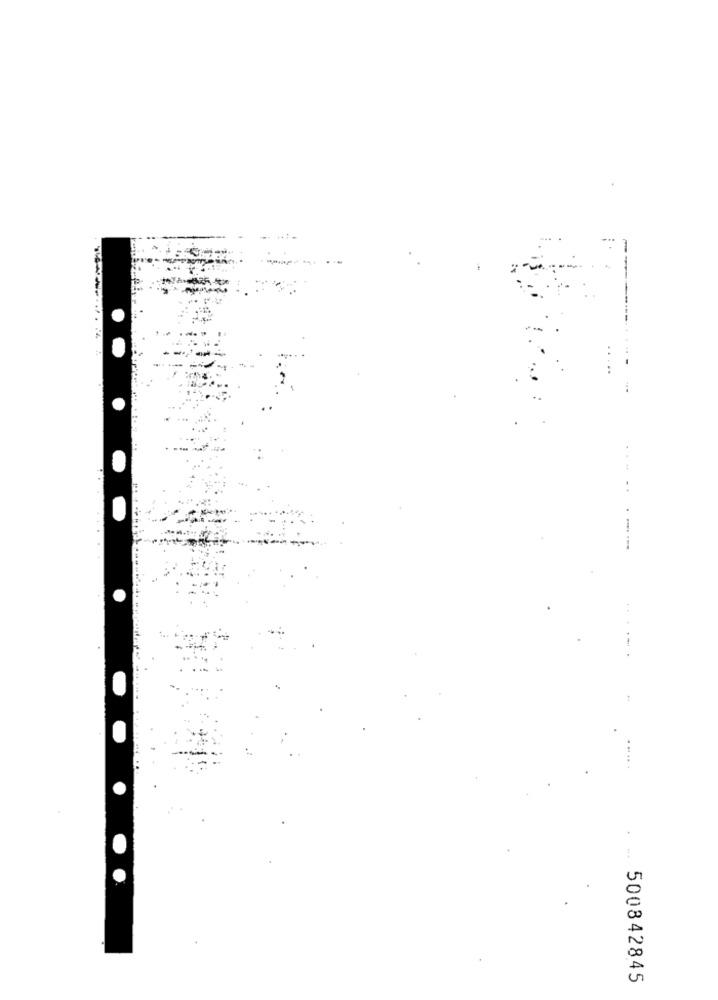
..
500842845